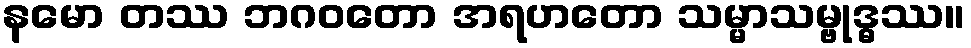
နမော တဿ ဘဂဝတော အရဟတော သမ္မာသမ္ဗုဒ္ဓဿ။